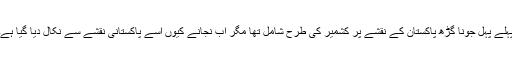
پہلے پہل جونا گڑھ پاکستان کے نقشے پر کشمیر کی طرح شامل تھا مگر اب نجانے کیوں اسے پاکستانی نقشے سے نکال دیا گیا ہے۔